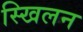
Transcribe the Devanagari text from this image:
स्खिलन